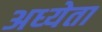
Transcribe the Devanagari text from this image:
अध्‍येता